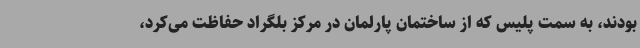
بودند، به سمت پلیس که از ساختمان پارلمان در مرکز بلگراد حفاظت می‌کرد،